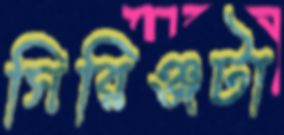
সিরিঞ্জটা